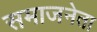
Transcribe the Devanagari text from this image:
समाजनेता